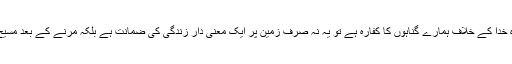
اگر ہم مسیح یسوع کی موت پر یقین کرتے ہیں کہ وہ خدا کے خلاف ہمارے گناہوں کا کفارہ ہے تو یہ نہ صرف زمین پر ایک معنی دار زندگی کی ضمانت ہے بلکہ مرنے کے بعد مسیح کی جلالی حضوری میں ہمیشہ کی زندگی بھی ہے۔